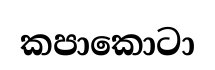
කපාකොටා